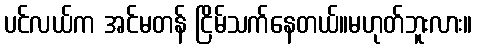
ပင်လယ်က အင်မတန် ငြိမ်သက်နေတယ်။မဟုတ်ဘူးလား။